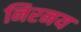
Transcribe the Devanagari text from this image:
निरनय